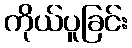
ကိုယ်ပူခြင်း